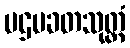
ပဌမခတသုတ္တံ